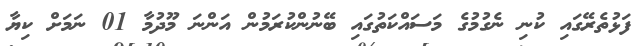
ފަޅުތެރޭގައި ކުނި ނެގުމުގެ މަސައްކަތުގައި ބޭނުންކުރަމުން އަންނަ މޫދުމާ 01 ނަމަށް ކިޔާ